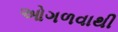
ઓગળવાથી